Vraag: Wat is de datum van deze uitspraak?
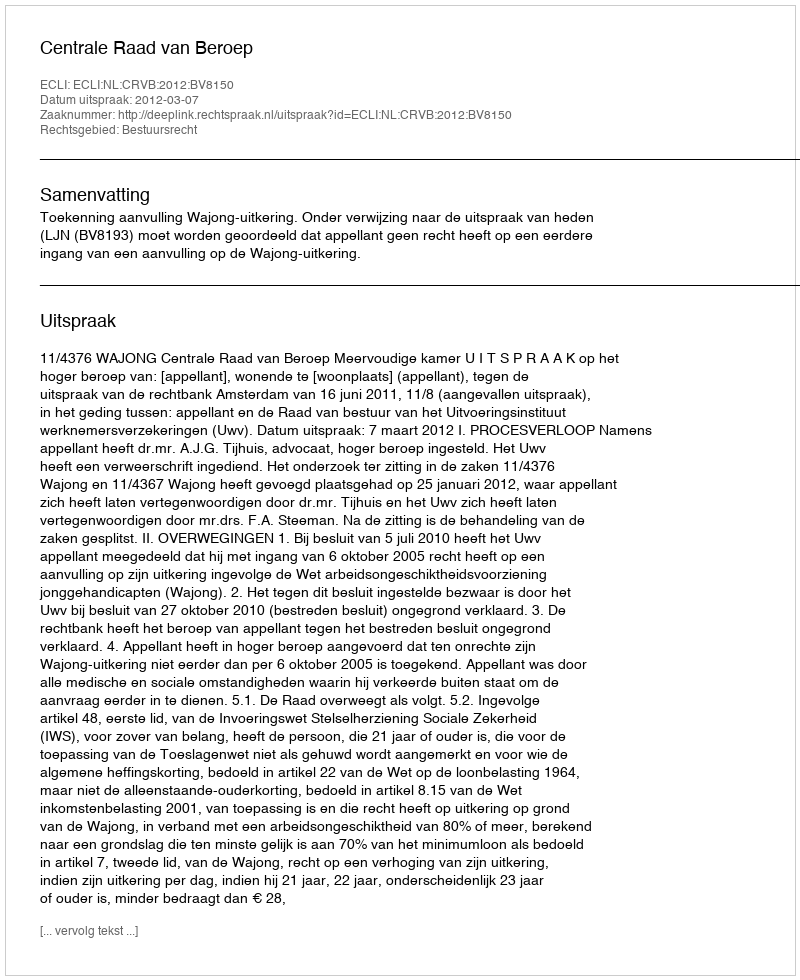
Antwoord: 2012-03-07